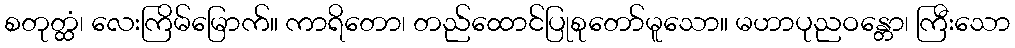
စတုတ္ထံ၊ လေးကြိမ်မြောက်။ ကာရိတော၊ တည်ထောင်ပြုစုတော်မူသော။ မဟာပုညဝန္တော၊ ကြီးသော